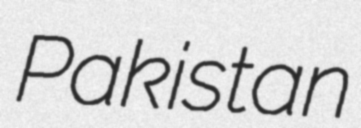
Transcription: Pakistan